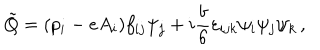
\tilde { Q } = ( p _ { i } - e A _ { i } ) f _ { i j } \psi _ { j } + i { \frac { b } { 6 } } \varepsilon _ { i j k } \psi _ { i } \psi _ { j } \psi _ { k } \, ,